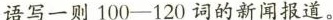
语写一则100-120词的新闻报道。